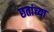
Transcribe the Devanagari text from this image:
छतांच्या